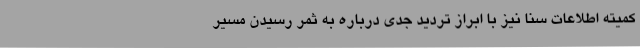
کمیته اطلاعات سنا نیز با ابراز تردید جدی درباره به ثمر رسیدن مسیر